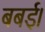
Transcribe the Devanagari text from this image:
बबई।